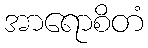
အာရောစိတံ